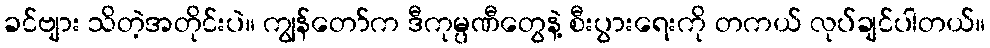
ခင်ဗျား သိတဲ့အတိုင်းပဲ။ ကျွန်တော်က ဒီကုမ္ပဏီတွေနဲ့ စီးပွားရေးကို တကယ် လုပ်ချင်ပါတယ်။